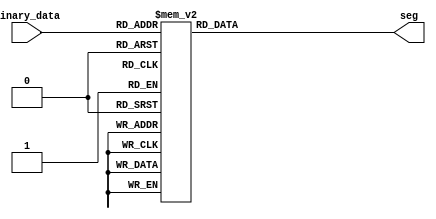
module seven_segment_decoder(binary_data,seg);
input [3:0] binary_data;
output reg [6:0] seg;
wire [3:0]res;

always@(binary_data)
    begin
        case (binary_data) 
            4'h0 : seg = 7'b1000000;
            4'h1 : seg = 7'b1111001;
            4'h2 : seg = 7'b0100100;
            4'h3 : seg = 7'b0110000;
            4'h4 : seg = 7'b0011001;
            4'h5 : seg = 7'b0010010;
            4'h6 : seg = 7'b0000010;
            4'h7 : seg = 7'b1111000;
            4'h8 : seg = 7'b0000000;
            4'h9 : seg = 7'b0010000;
				4'hA : seg = 7'h39;
				4'hB : seg = 7'h3F;
            default : seg = 7'h06; 
        endcase
	 end
	 
endmodule
	

    
/*assign res = (data_kb == 8'h45)? 4'h0:
				 (data_kb == 8'h16)? 4'h1:
				 (data_kb == 8'h1E)? 4'h2:
				 (data_kb == 8'h26)? 4'h3:
				 (data_kb == 8'h25)? 4'h4:
				 (data_kb == 8'h2E)? 4'h5:
				 (data_kb == 8'h36)? 4'h6:
				 (data_kb == 8'h3D)? 4'h7:
				 (data_kb == 8'h3E)? 4'h8:
				 (data_kb == 8'h46)? 4'h9:
				 (data_kb == 8'h79)? 4'hA:
				 (data_kb == 8'h7B)? 4'hB:4'hC; */